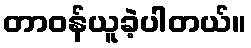
တာဝန်ယူခဲ့ပါတယ်။